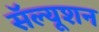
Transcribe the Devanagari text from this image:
सॅल्यूशन